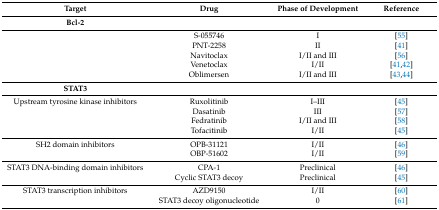
| Target | Drug | Phase of Development | Reference |
 | --- | --- | --- | --- |
 | Bcl-2 |  |  |  |
 |  | S-055746 | I | [55] |
 |  | PNT-2258 | II | [41] |
 |  | Navitoclax | I/II and III | [56] |
 |  | Venetoclax | I/II | [41,42] |
 |  | Oblimersen | I/II and III | [43,44] |
 | STAT3 |  |  |  |
 | Upstream tyrosine kinase inhibitors | Ruxolitinib | I–III | [45] |
 |  | Dasatinib | III | [57] |
 |  | Fedratinib | I/II and III | [58] |
 |  | Tofacitinib | I/II | [45] |
 | SH2 domain inhibitors | OPB-31121 | I/II | [46] |
 |  | OBP-51602 | I/II | [59] |
 | STAT3 DNA-binding domain inhibitors | CPA-1 | Preclinical | [46] |
 |  | Cyclic STAT3 decoy | Preclinical | [45] |
 | STAT3 transcription inhibitors | AZD9150 | I/II | [60] |
 |  | STAT3 decoy oligonucleotide | 0 | [61] |